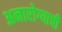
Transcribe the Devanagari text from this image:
अनारोग्याची